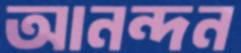
আনন্দন